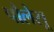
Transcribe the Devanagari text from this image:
पौलेसू